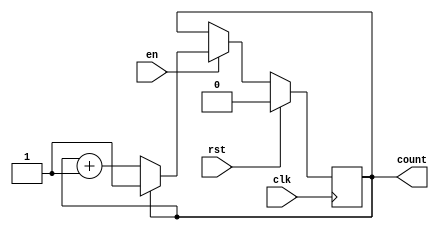
/**
 * @module latch_counter
 * @brief latch counter (latching when reaching max vlaue)
 * @input clk clock signal
 * @input rst reset signal
 * @output en enable signal 
 * @output count counting value
 */
module latch_counter
(
    input clk,
    input rst,
    input en,
    output reg count
);

    initial begin
        count <= 0;
    end

    always @(posedge clk) begin
        if (rst) begin
            count <= 0 ;
        end else if (en) begin
            if (count != 1) begin
                count <= count + 1;
            end else begin
                count <= count;
            end
        end else begin
            count <= count;
        end
    end

endmodule // latch_counter